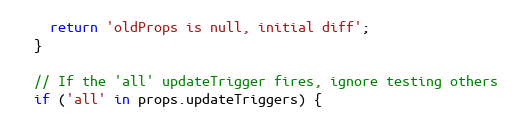
Language: JavaScript
    return 'oldProps is null, initial diff';
  }

  // If the 'all' updateTrigger fires, ignore testing others
  if ('all' in props.updateTriggers) {